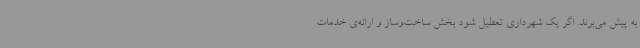
به پیش می‌برند. اگر یک شهرداری تعطیل شود بخش ساخت‌وساز و ارائه‌ی خدمات